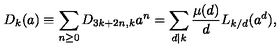
D _ { k } ( a ) \equiv \sum _ { n \ge 0 } D _ { 3 k + 2 n , k } a ^ { n } = \sum _ { d | k } \frac { \mu ( d ) } { d } L _ { k / d } ( a ^ { d } ) ,